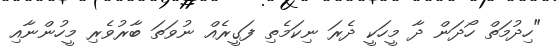
"ހިދުމަތް ހޯދަން ދާ މީހަކީ ދެރަ ނިކަމެތި ފަގީރެއް ނުވަތަ ބާރުވެރި މީހުންނާއި